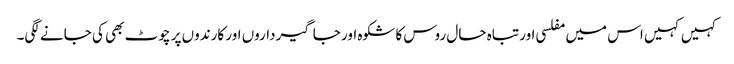
کہیں کہیں اس میں مفلسی اور تباہ حال روس کا شکوہ اور جاگیرداروں اور کارندوں پر چوٹ بھی کی جانے لگی۔